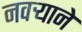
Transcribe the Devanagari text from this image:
नवर्‍याने